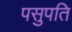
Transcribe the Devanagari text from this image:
पसुपति